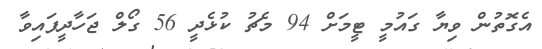
އެގޮތުން ވިޔާ ގައުމީ ޓީމަށް 94 މެޗު ކުޅެދީ 56 ގޯލް ޖަހާދީފައިވާ